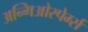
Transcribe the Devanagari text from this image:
अन्गिओस्पेर्म्स